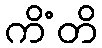
ကိံတိ